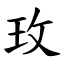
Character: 玫